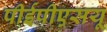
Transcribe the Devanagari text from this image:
पीईपीएसयू